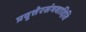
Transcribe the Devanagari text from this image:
प्रवृत्तेरसंभवादिति